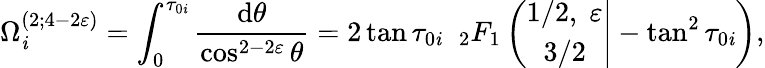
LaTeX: \Omega_{\mathit{i}}^{(2;4-2\varepsilon)}=\int_{0}^{\tau_{0\mathit{i}}}\frac{{\mathrm{{d}}\theta}}{{\cos^{2-2\varepsilon}\theta}}=2\tan\tau_{0\mathit{i}}\; \; _{2}F_{1}\left(\left.\begin{array}{c}{{1/2,\; \varepsilon}}\\ {{3/2}}\end{array}\right|-\tan^{2}\tau_{0\mathit{i}}\right),